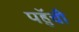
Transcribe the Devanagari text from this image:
पहुॅची